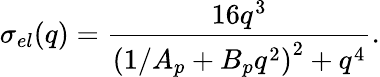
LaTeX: \sigma_{el}(q)={\frac{16q^{3}}{\left(1/A_{p}+B_{p}q^{2}\right)^{2}+q^{4}}}.